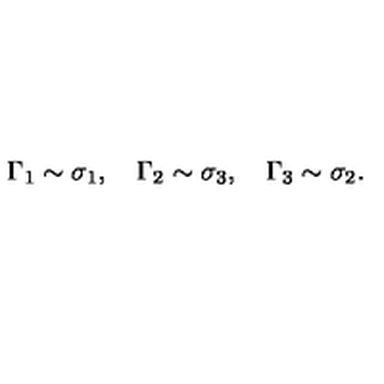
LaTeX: \Gamma _ { 1 } \sim \sigma _ { 1 } , \quad \Gamma _ { 2 } \sim \sigma _ { 3 } , \quad \Gamma _ { 3 } \sim \sigma _ { 2 } .